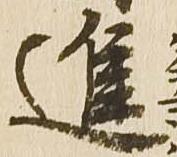
進